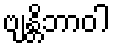
ဗျန္တိဘာဝါ